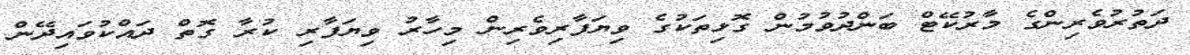
ދަތުރުވެރިންގެ މާރުކޭޓް ބަންދުވުމުން ގޮޅިތަކުގެ ވިޔަފާރިވެރިން މިހާރު ވިޔަފާރި ކުރާ ގޮތް ދައްކުވައިދޭން